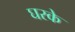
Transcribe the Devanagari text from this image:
घरके